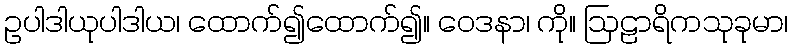
ဥပါဒါယုပါဒါယ၊ ထောက်၍ထောက်၍။ ဝေဒနာ၊ ကို။ ဩဠာရိကသုခုမာ၊